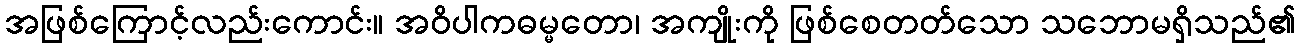
အဖြစ်ကြောင့်လည်းကောင်း။ အဝိပါကဓမ္မတော၊ အကျိုးကို ဖြစ်စေတတ်သော သဘောမရှိသည်၏